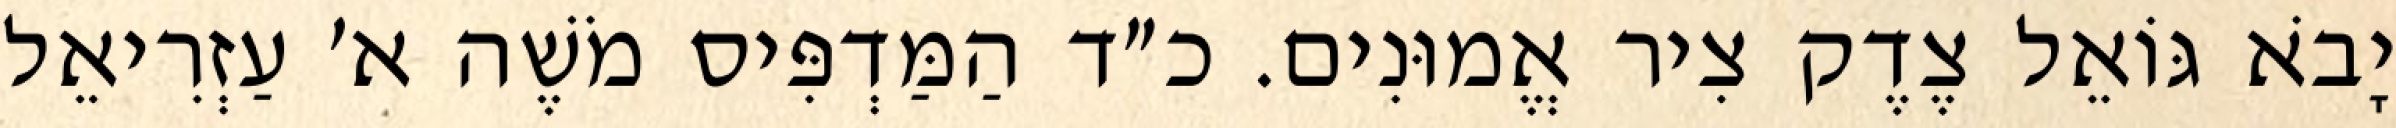
יָבֹא גּוֹאֵל צֶדֶק צִיר אֱמוּנִים. כ״ד הַמַּדְפִּיס מֹשֶׁה א׳ עַזְרִיאֵל